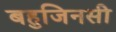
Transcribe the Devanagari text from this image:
बहुजिनसी